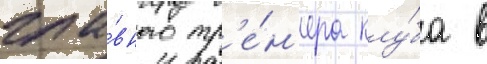
гла́вного тр'е́н'ера клу́ба в